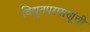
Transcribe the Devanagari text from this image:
विद्युतपरमाणूंची